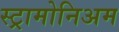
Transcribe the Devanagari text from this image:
स्ट्रामोनिअम